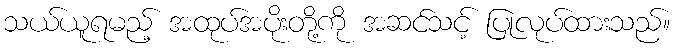
သယ်ယူရမည့် အထုပ်အပိုးတို့ကို အဆင်သင့် ပြုလုပ်ထားသည်။